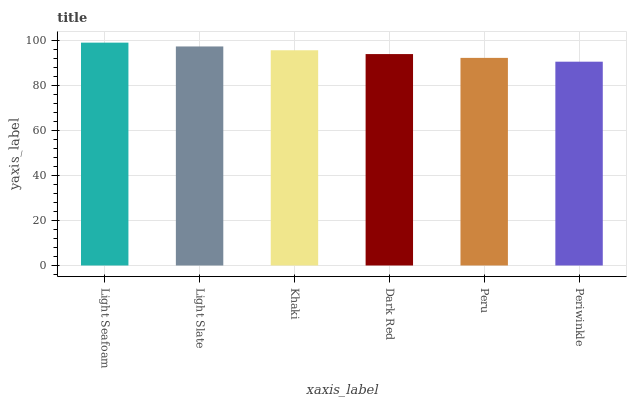
| xaxis_label | bars |
 | --- | --- |
 | Light Seafoam | 99 |
 | Light Slate | 97.3 |
 | Khaki | 95.6 |
 | Dark Red | 93.9 |
 | Peru | 92.2 |
 | Periwinkle | 90.5 |